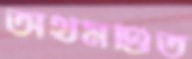
অর্থমণ্ডিত